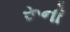
રૂનો